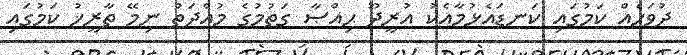
ދުވަހެއް ކަމުގައި ކަނޑައެޅުމާއެކު އުރީދޫ ޙިއްޞާ ގަތުމުގެ މުއްދަތު ނިމޭ ތާރީޚު ކަމުގައި